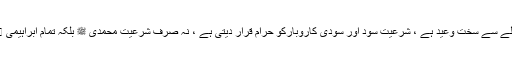
انہوں نے کہا کہ سود اور سودی نظام کاروبار کے حوالے سے سخت وعید ہے ، شرعیت سود اور سودی کاروبارکو حرام قرار دیتی ہے ، نہ صرف شرعیت محمدی ﷺ بلکہ تمام ابراہیمی  مذاہب میں سود کے کاروبار سے منع فرمایا گیا ہے۔